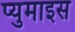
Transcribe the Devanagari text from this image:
प्युमाइस